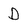
Character: D